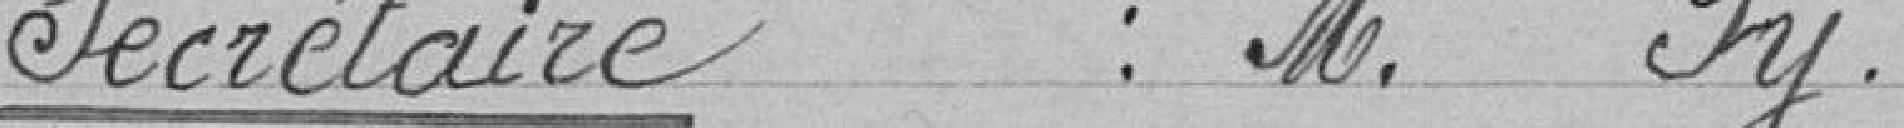
Secrétaire: Monsieur Py